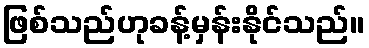
ဖြစ်သည်ဟုခန့်မှန်းနိုင်သည်။